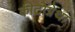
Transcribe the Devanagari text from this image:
कीटोग्नेथा